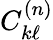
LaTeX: C_{k\ell}^{(n)}